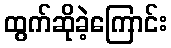
ထွက်ဆိုခဲ့ကြောင်း